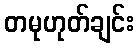
တမုဟုတ်ချင်း